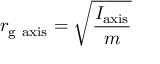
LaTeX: r _ { \mathrm { g } { \mathrm { ~ a x i s } } } = { \sqrt { \frac { I _ { \mathrm { a x i s } } } { m } } }